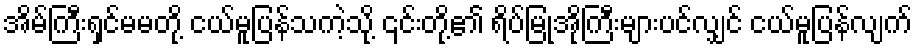
အိမ်ကြီးရှင်မမတို့ ငယ်မူပြန်သကဲ့သို့ ၎င်းတို့၏ ရိပ်မြုံအိုကြီးများပင်လျှင် ငယ်မူပြန်လျက်